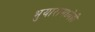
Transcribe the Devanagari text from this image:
भुयारामध्येही